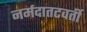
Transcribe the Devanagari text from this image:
नर्मदातटवर्ती